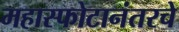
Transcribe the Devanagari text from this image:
महास्फोटानंतरचे